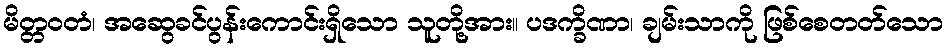
မိတ္တဝတံ၊ အဆွေခင်ပွန်းကောင်းရှိသော သူတို့အား။ ပဒက္ခိဏာ၊ ချမ်းသာကို ဖြစ်စေတတ်သော